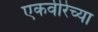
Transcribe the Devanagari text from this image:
एकवीरेच्या